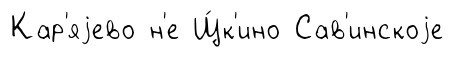
Кар'яjево н'е Щ́к'ино Сав'инскоjе